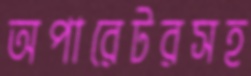
অপারেটরসহ